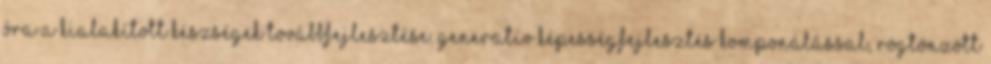
óra A kialakított készségek továbbfejlesztése. Generatív képességfejlesztés komponálással, rögtönzött